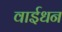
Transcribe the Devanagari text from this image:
वाईधन